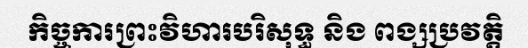
កិច្ចការព្រះវិហារបរិសុទ្ធ និង ពង្សប្រវត្តិ